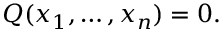
Q ( x _ { 1 } , \ldots , x _ { n } ) = 0 .